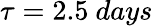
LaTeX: \tau=2.5~days